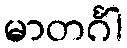
မာတင်္ဂါ